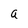
Character: a